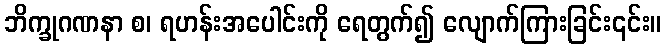
ဘိက္ခုဂဏနာ စ၊ ရဟန်းအပေါင်းကို ရေတွက်၍ လျောက်ကြားခြင်း၎င်း။